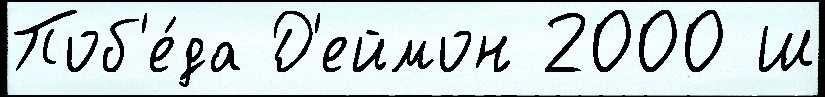
Поб'е́да Д'еймон 2000 Ш